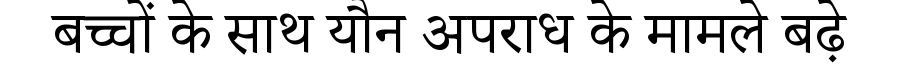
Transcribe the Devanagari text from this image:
बच्चों के साथ यौन अपराध के मामले बढ़े